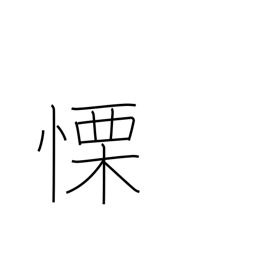
Meaning: fear